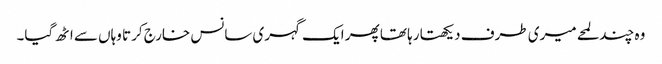
وہ چند لمحے میری طرف دیکھتا رہا تھا پھر ایک گہری سانس خارج کرتا وہاں سے اٹھ گیا۔